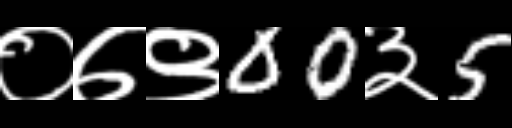
Text: ०७९00३5